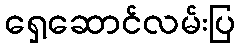
ရှေ့ဆောင်လမ်းပြ